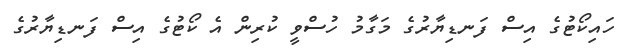
ހައިކޯޓުގެ އިސް ފަނޑިޔާރުގެ މަގާމު ހުސްވީ ކުރިން އެ ކޯޓުގެ އިސް ފަނޑިޔާރުގެ